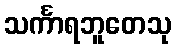
သင်္ကာရဘူတေသု